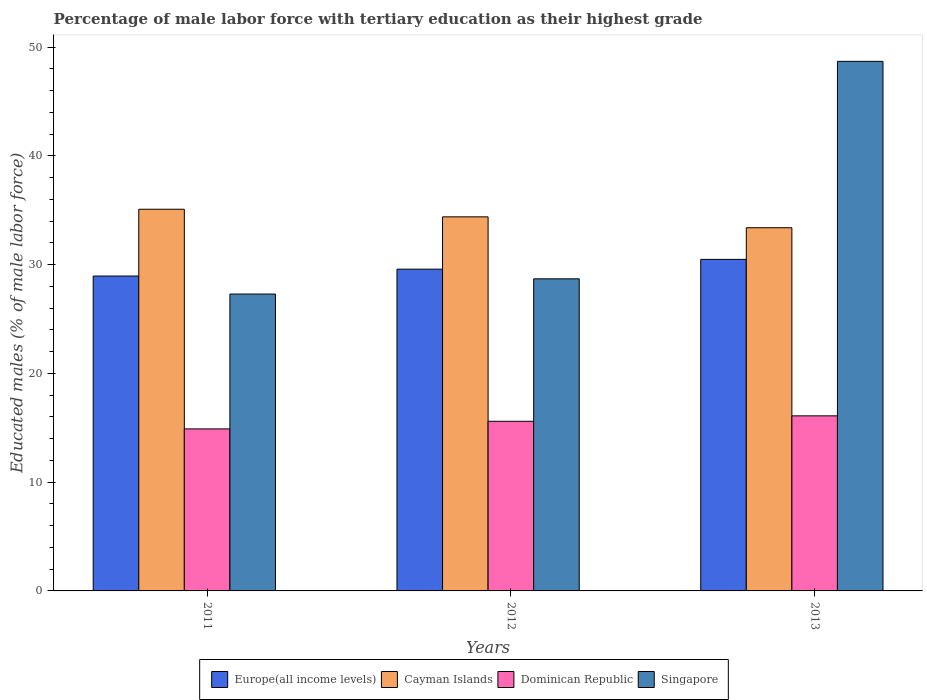
| Years | Europe(all income levels) | Cayman Islands | Dominican Republic | Singapore |
 | --- | --- | --- | --- | --- |
 | 2011 | 29 | 35.1 | 14.9 | 27.3 |
 | 2012 | 29.6 | 34.4 | 15.6 | 28.7 |
 | 2013 | 30.5 | 33.4 | 16.1 | 48.7 |